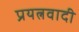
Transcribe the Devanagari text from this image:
प्रयत्नवादी